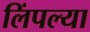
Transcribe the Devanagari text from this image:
लिंपल्या